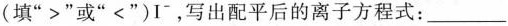
(填”>”或”<”)I^{-}，写出配平后的离子方程式：___